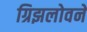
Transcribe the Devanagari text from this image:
ग्रिझलोवने